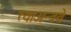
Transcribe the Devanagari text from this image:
त्याअन्वये